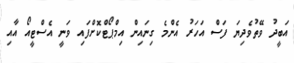
އަބީދު ވޭތުވެދިޔަ ފަސް އަހަރު އެންމެ ގިނައިން އިމްޕޯޓްކޮށްފައި ވަނީ އެސްޓީއޯ އާއި